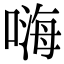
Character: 嗨